Scottish Leaving Certificate Examination, 1960
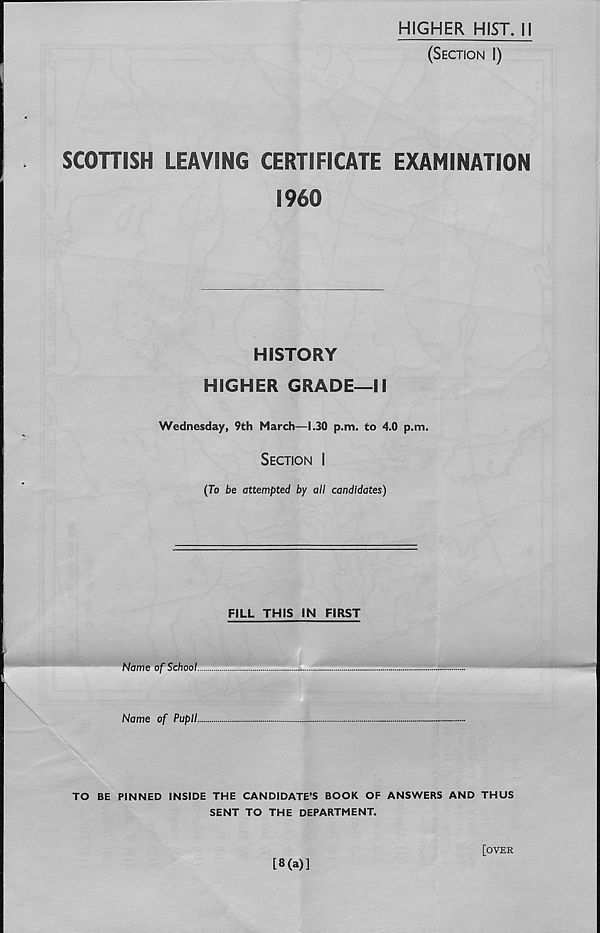
HIGHER HIST. II
(Section I)
SCOHISH LEAVING CERTIFICATE EXAMINATION
I960
HISTORY
HIGHER GRADE—II
Wednesday, 9th March—1.30 p.m. to 4.0 p.m.
Section I
(To be attempted by all candidates)
FILL THIS IN FIRST
Name of School.
Name of Pupil.
TO BE PINNED INSIDE THE CANDIDATE’S BOOK OF ANSWERS AND THUS
SENT TO THE DEPARTMENT.
[8(a)]
[over